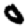
Digit: 0